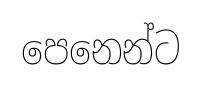
පෙනෙන්ට